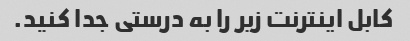
کابل اینترنت زیر را به درستی جدا کنید.